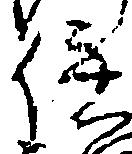
伊